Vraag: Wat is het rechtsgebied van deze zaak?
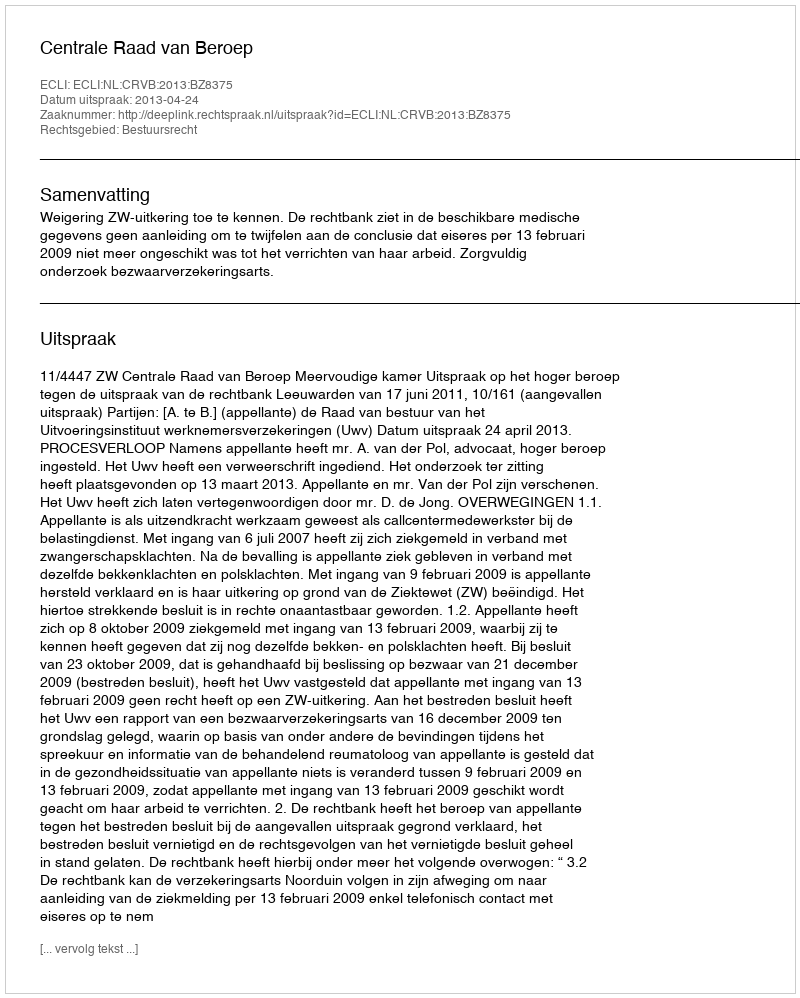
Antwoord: Bestuursrecht